Scottish Leaving Certificate Examination, 1956
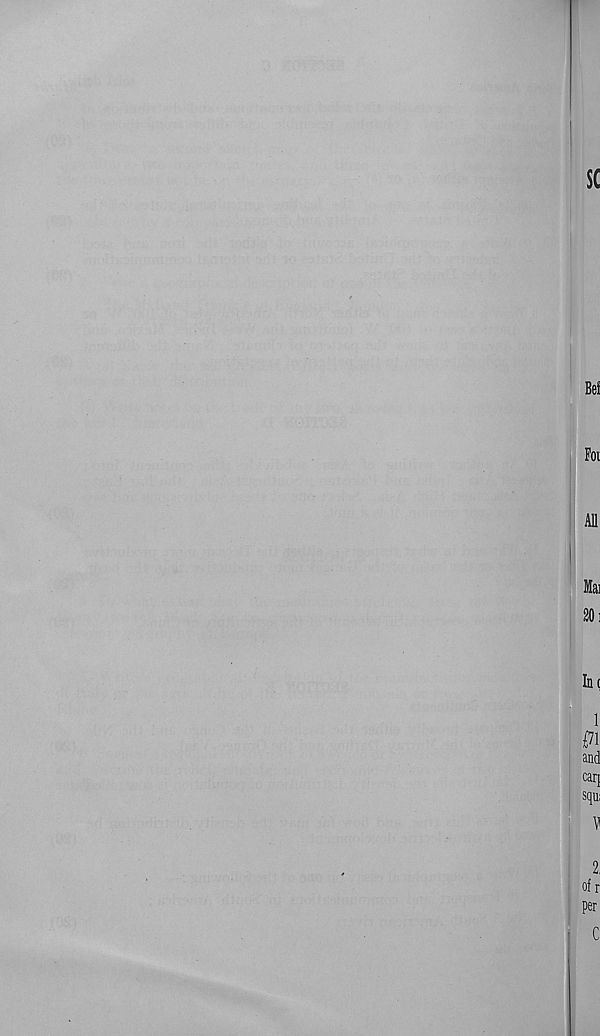
I
sc
Bef
Foi
All
I
Mai
20i
In<
1
(71
and
car]
squ;
V
2,
of r
per
* C